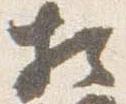
相